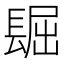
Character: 镼